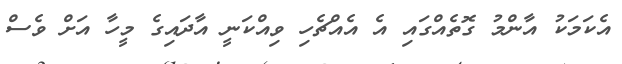
އެކަމަކު އާންމު ގޮތެއްގައި އެ އެއްޗެހި ވިއްކަނީ އާދައިގެ މީހާ އަށް ވެސް